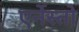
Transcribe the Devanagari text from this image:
एर्नेस्तो